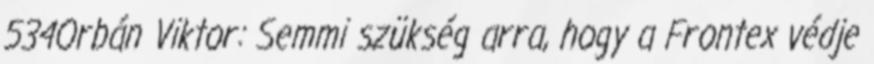
534Orbán Viktor: Semmi szükség arra, hogy a Frontex védje